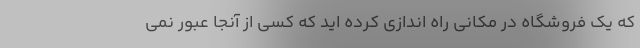
که یک فروشگاه در مکانی راه اندازی کرده اید که کسی از آنجا عبور نمی